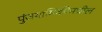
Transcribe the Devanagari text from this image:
पुंजयामिकीमधील